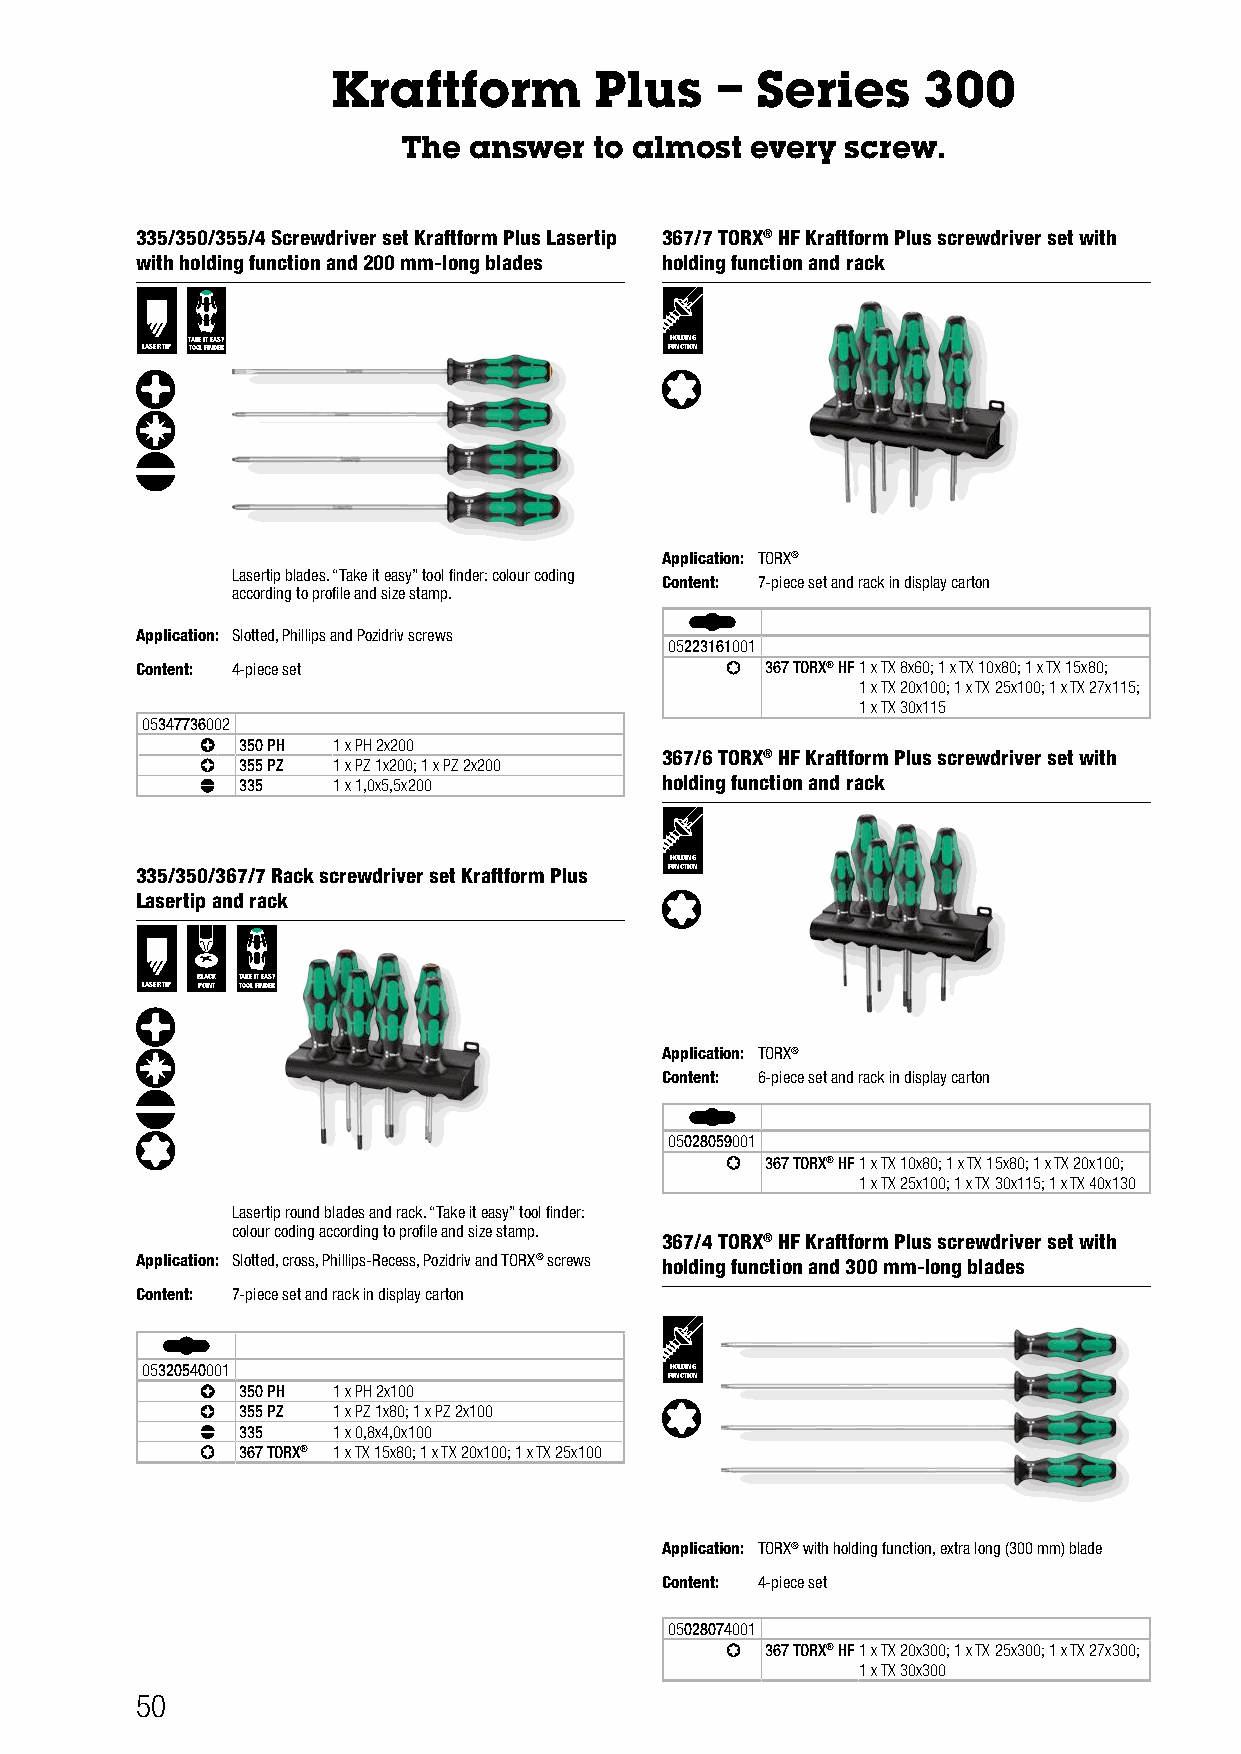
Kraftform        Plus    –  Series     300
 The answer  to almost  every screw.
 335/350/355/4 Screwdriver set Kraftform Plus Lasertip 367/7 TORX® HF Kraftform Plus screwdriver set with
 with holding function and 200 mm-long blades holding function and rack
 TAKE IT EASY                    HOLDING
 LASERTIP TOOL FINDER               FUNCTION
 Application: TORX®
 Lasertip blades. “Take it easy” tool finder: colour coding
 Content: 7-piece set and rack in display carton
 according to profile and size stamp.
 Application: Slotted, Phillips and Pozidriv screws
 05223161001
 Content: 4-piece set                      367 TORX® HF1 x TX 8x60; 1 x TX 10x80; 1 x TX 15x80;
 1 x TX 20x100; 1 x TX 25x100; 1 x TX 27x115;
 1 x TX 30x115
 05347736002
 350 PH 1 x PH 2x200
 367/6 TORX® HF Kraftform Plus screwdriver set with
 355 PZ 1 x PZ 1x200; 1 x PZ 2x200
 335   1 x 1,0x5,5x200       holding function and rack
 HOLDING
 335/350/367/7 Rack screwdriver set Kraftform Plus FUNCTION
 Lasertip and rack
 BLACK TAKE IT EASY
 LASERTIP POINT TOOL FINDER
 Application: TORX®
 Content: 6-piece set and rack in display carton
 05028059001
 367 TORX® HF1 x TX 10x80; 1 x TX 15x80; 1 x TX 20x100;
 1 x TX 25x100; 1 x TX 30x115; 1 x TX 40x130
 Lasertip round blades and rack. “Take it easy” tool finder:
 colour coding according to profile and size stamp.
 367/4 TORX® HF Kraftform Plus screwdriver set with
 Application: Slotted, cross, Phillips-Recess, Pozidriv and TORX® screws holding function and 300 mm-long blades
 Content: 7-piece set and rack in display carton
 05320540001                        HOLDING
 FUNCTION
 350 PH 1 x PH 2x100
 355 PZ 1 x PZ 1x80; 1 x PZ 2x100
 335   1 x 0,8x4,0x100
 367 TORX® 1 x TX 15x80; 1 x TX 20x100; 1 x TX 25x100
 Application: TORX® with holding function, extra long (300 mm) blade
 Content: 4-piece set
 05028074001
 367 TORX® HF1 x TX 20x300; 1 x TX 25x300; 1 x TX 27x300;
 1 x TX 30x300
 50